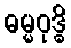
ဓမ္မဝုဒ္ဓိ